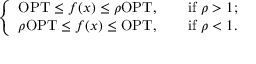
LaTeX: \left\{ \begin{array} { l l } { \mathrm { O P T } \leq f ( x ) \leq \rho \mathrm { O P T } , \qquad { \mathrm { i f ~ } } \rho > 1 ; } \\ { \rho \mathrm { O P T } \leq f ( x ) \leq \mathrm { O P T } , \qquad { \mathrm { i f ~ } } \rho < 1 . } \end{array} \right.